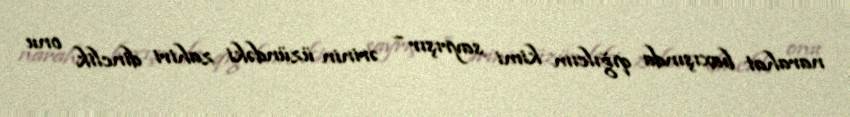
narahat baxışında qığılcım kimi sayrışır – ərinin üzündəki zahiri dinclik onu